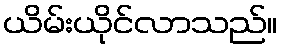
ယိမ်းယိုင်လာသည်။